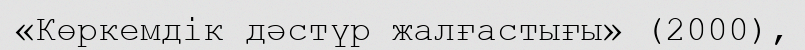
«Көркемдік дәстүр жалғастығы» (2000),